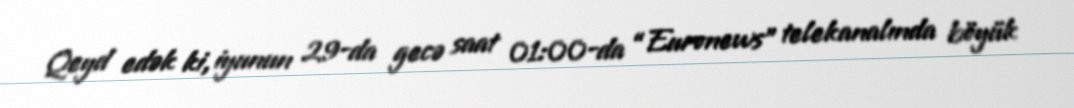
Qeyd edək ki, iyunun 29-da gecə saat 01:00-da “Euronews” telekanalında böyük